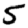
Digit: 5